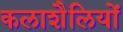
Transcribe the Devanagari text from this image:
कलाशैलियों